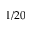
1 / 2 0